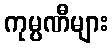
ကုမ္ပဏီများ